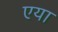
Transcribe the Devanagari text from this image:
एया